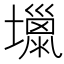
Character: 𡒏